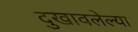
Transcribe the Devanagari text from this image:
दुखावलेल्या